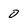
Character: 0